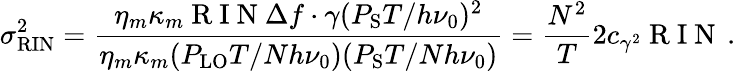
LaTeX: \sigma_{\mathrm{RIN}}^{2}=\frac{\eta_{m}\kappa_{m}\mathrm{~R~I~N~}\Delta f\cdot\gamma(P_{\mathrm{S}}T/h\nu_{0})^{2}}{\eta_{m}\kappa_{m}(P_{\mathrm{LO}}T/Nh\nu_{0})(P_{\mathrm{S}}T/Nh\nu_{0})}=\frac{N^{2}}{T}2c_{\gamma^{2}}\mathrm{~R~I~N~}\, .